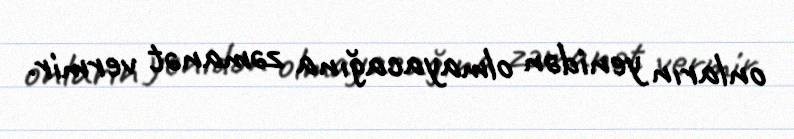
onların yenidən olmayacağına zəmanət vermir.